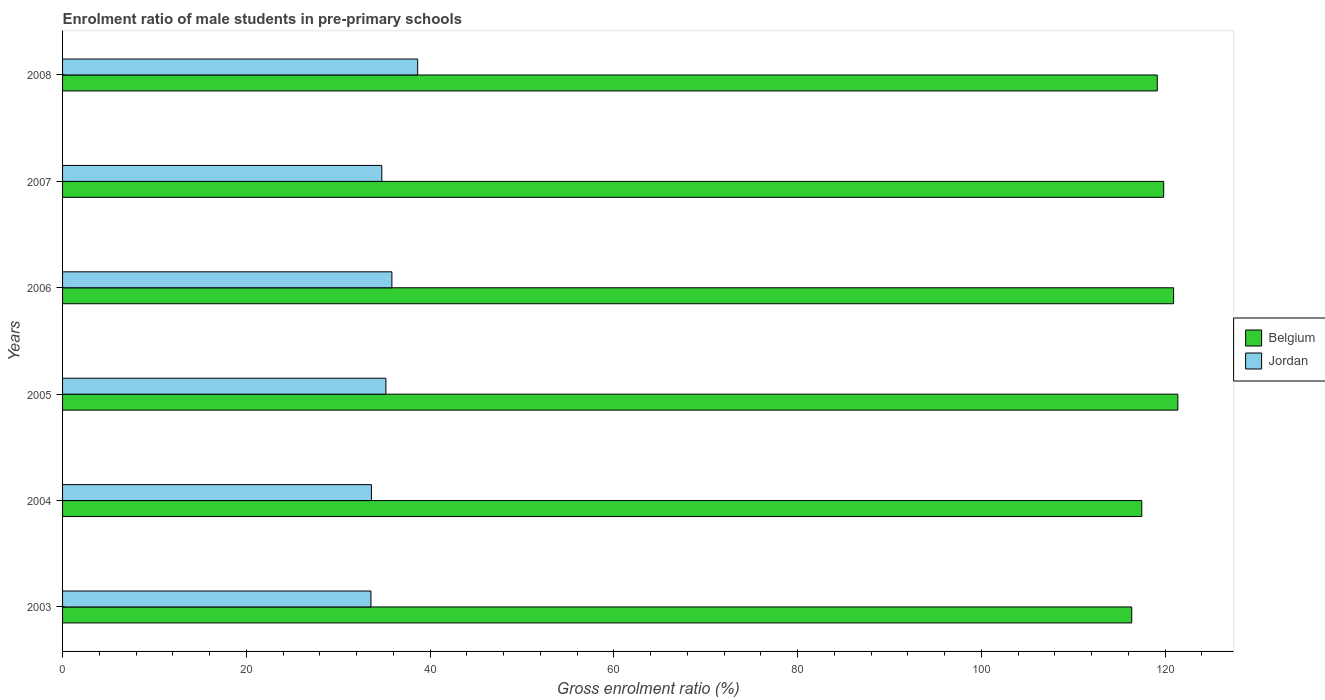
| Years | Belgium | Jordan |
 | --- | --- | --- |
 | 2003 | 116 | 33.6 |
 | 2004 | 117 | 33.6 |
 | 2005 | 121 | 35.2 |
 | 2006 | 121 | 35.8 |
 | 2007 | 120 | 34.7 |
 | 2008 | 119 | 38.7 |